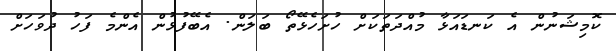
ކޮމިޝަނުން އެ ކަނޑައަޅާ މުއްދަތަކަށް ހުށަހެޅޭތޯ ބަލަން. އެބޭފުޅުން އެންމެ ފަހު ދުވަހަށް